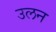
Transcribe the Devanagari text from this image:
उलन